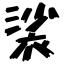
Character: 裟